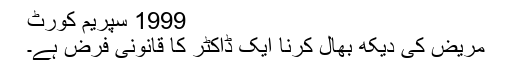
1999 سپریم کورٹ
مریض کی دیکھ بھال کرنا ایک ڈاکٹر کا قانونی فرض ہے۔